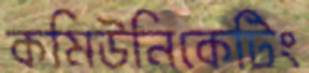
কমিউনিকেটিং